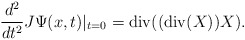
\begin{align*}\frac{d^{2}}{dt^{2}}J\Psi(x,t)|_{t=0}=\mathrm{div}((\mathrm{div}(X))X).\end{align*}